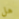
هل